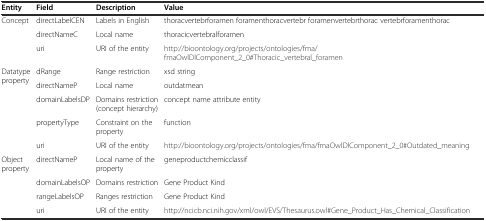
<table><thead><tr><td><b>Entity</b></td><td><b>Field</b></td><td><b>Description</b></td><td><b>Value</b></td></tr></thead><tbody><tr><td rowspan="3">Concept</td><td>directLabelCEN</td><td>Labels in English</td><td>thoracvertebrforamen foramenthoracvertebr foramenvertebrthorac vertebrforamenthorac</td></tr><tr><td>directNameC</td><td>Local name</td><td>thoracicvertebralforamen</td></tr><tr><td>uri</td><td>URI of the entity</td><td>http://bioontology.org/projects/ontologies/fma/fmaOwlDlComponent_2_0#Thoracic_vertebral_foramen</td></tr><tr><td rowspan="5">Datatype property</td><td>dRange</td><td>Range restriction</td><td>xsd string</td></tr><tr><td>directNameP</td><td>Local name</td><td>outdatmean</td></tr><tr><td>domainLabelsDP</td><td>Domains restriction (concept hierarchy)</td><td>concept name attribute entity</td></tr><tr><td>propertyType</td><td>Constraint on the property</td><td>function</td></tr><tr><td>uri</td><td>URI of the entity</td><td>http://bioontology.org/projects/ontologies/fma/fmaOwlDlComponent_2_0#Outdated_meaning</td></tr><tr><td rowspan="3">Object property</td><td>directNameP</td><td>Local name of the property</td><td>geneproductchemicclassif</td></tr><tr><td>domainLabelsOP</td><td>Domains restriction</td><td>Gene Product Kind</td></tr><tr><td>rangeLabelsOP</td><td>Ranges restriction</td><td>Gene Product Kind</td></tr><tr><td></td><td>uri</td><td>URI of the entity</td><td>http://ncicb.nci.nih.gov/xml/owl/EVS/Thesaurus.owl#Gene_Product_Has_Chemical_Classification</td></tr></tbody></table>